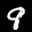
Label: 9